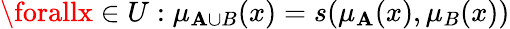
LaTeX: \forallx\in{U}:\mu_{\mathbf{A}\cup{B}}(x)=s(\mu_{\mathbf{A}}(x),\mu_{B}(x))